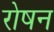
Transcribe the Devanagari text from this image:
रोषन